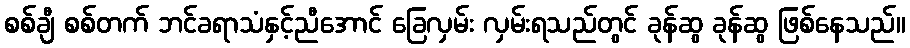
စစ်ချီ စစ်တက် ဘင်ခရာသံနှင့်ညီအောင် ခြေလှမ်း လှမ်းရသည်တွင် ခုန်ဆွ ခုန်ဆွ ဖြစ်နေသည်။